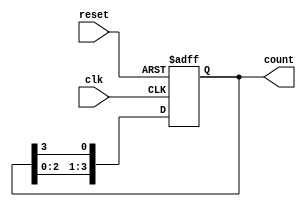
module ring_counter #(
    parameter N = 4  // Number of flip-flops
) (
    input clk,       // Clock signal
    input reset,     // Reset signal
    output reg [N-1:0] count // Counter output
);

    // Initialize the counter to the known state
    initial begin
        count = 1'b1; // Initial state: 100...0
    end

    // Sequential logic for the ring counter
    always @(posedge clk or posedge reset) begin
        if (reset) begin
            // On reset, set to initial state
            count <= 1'b1; // Reset to 100...0
        end else begin
            // Shift the '1' around the counter
            count <= {count[N-2:0], count[N-1]}; // Shift left and wrap around
        end
    end

endmodule